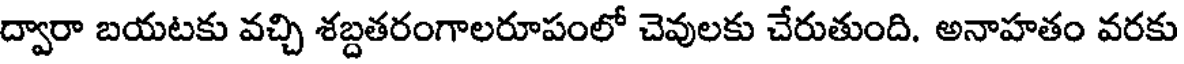
ద్వారా బయటకు వచ్చి శబ్దతరంగాలరూపంలో చెవులకు చేరుతుంది. అనాహతం వరకు